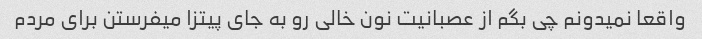
واقعا نمیدونم چی بگم از عصبانیت نون خالی رو به جای پیتزا میفرستن برای مردم